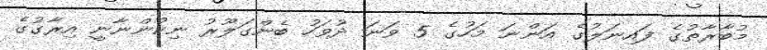
މުބާރާތުގެ ފައިނަލުގެ އަންނަ މަހުގެ 5 ވަނަ ދުވަހު ބެންގަލޫރު ނިކުންނާނީ އިރާގުގެ